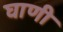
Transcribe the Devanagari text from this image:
घाणी